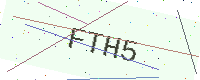
Text: FTH5